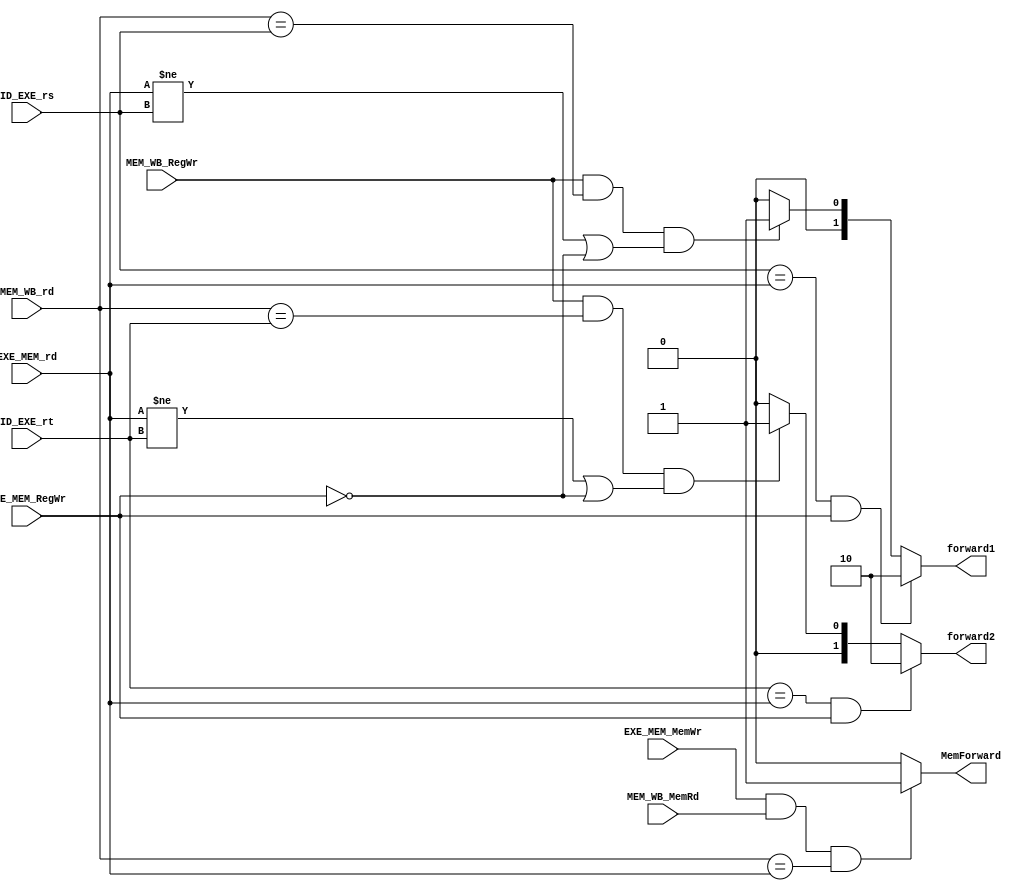
module ForwardingUnit (EXE_MEM_RegWr, MEM_WB_RegWr, MEM_WB_rd,
  MEM_WB_MemRd, EXE_MEM_MemWr, ID_EXE_rs, ID_EXE_rt, EXE_MEM_rd, MemForward,
  forward1, forward2);

  input EXE_MEM_RegWr, MEM_WB_RegWr, MEM_WB_MemRd, EXE_MEM_MemWr;
  input[2:0] MEM_WB_rd, ID_EXE_rs, ID_EXE_rt, EXE_MEM_rd;
  output[1:0] forward1, forward2;
  output MemForward;

  assign MemForward = (EXE_MEM_MemWr && MEM_WB_MemRd) && (MEM_WB_rd == EXE_MEM_rd) ? 1 : 0;
  assign forward1 = ((ID_EXE_rs == EXE_MEM_rd) && (EXE_MEM_RegWr)) ? 2'b10 :
    (MEM_WB_RegWr && (MEM_WB_rd == ID_EXE_rs) && ((EXE_MEM_rd != ID_EXE_rs) || EXE_MEM_RegWr == 0) ? 2'b01 : 2'b00);
  assign forward2 = ((ID_EXE_rt == EXE_MEM_rd) && (EXE_MEM_RegWr)) ? 2'b10 :
    (MEM_WB_RegWr && (MEM_WB_rd == ID_EXE_rt) && ((EXE_MEM_rd != ID_EXE_rt) || EXE_MEM_RegWr == 0) ? 2'b01 : 2'b00);

endmodule // ForwardingUnit